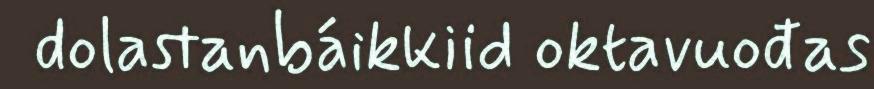
dolastanbáikkiid oktavuođas